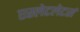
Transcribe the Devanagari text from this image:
एस्लेटलेटर्स